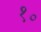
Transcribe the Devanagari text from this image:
१॰